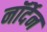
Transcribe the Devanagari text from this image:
नॉर्देन